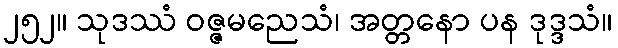
၂၅၂။ သုဒဿံ ဝဇ္ဇမညေသံ၊ အတ္တနော ပန ဒုဒ္ဒသံ။